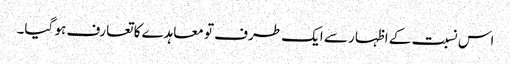
اس نسبت کے اظہار سے ایک طرف تو معاہدے کا تعارف ہو گیا۔